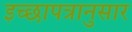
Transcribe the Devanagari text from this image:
इच्छापत्रानुसार